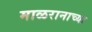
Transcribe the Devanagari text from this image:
माळरानाच्या